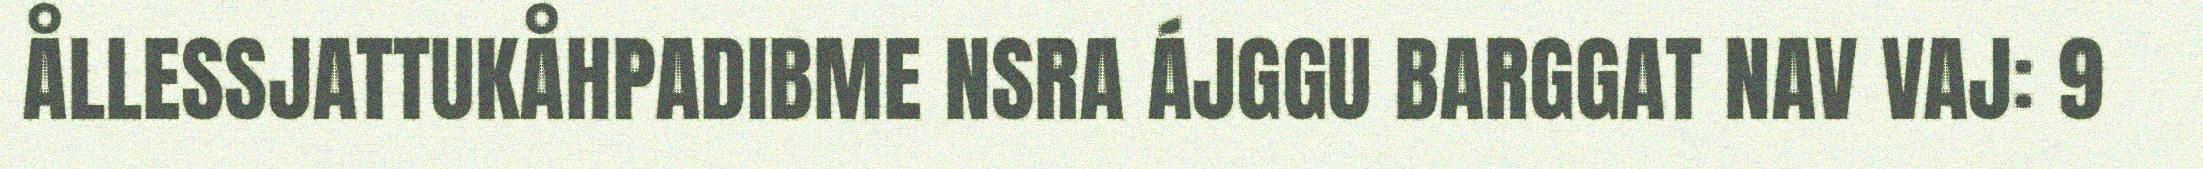
ÅLLESSJATTUKÅHPADIBME NSRA ÁJGGU BARGGAT NAV VAJ: 9